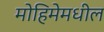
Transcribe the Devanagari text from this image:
मोहिमेमधील